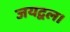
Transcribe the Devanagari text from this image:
जयद्वल।